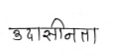
मजकूर: उदासीनता